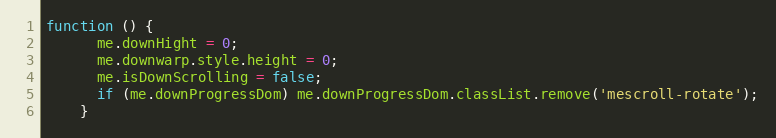
Language: JavaScript
function () {
      me.downHight = 0;
      me.downwarp.style.height = 0;
      me.isDownScrolling = false;
      if (me.downProgressDom) me.downProgressDom.classList.remove('mescroll-rotate');
    }